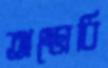
অম্ভোধি